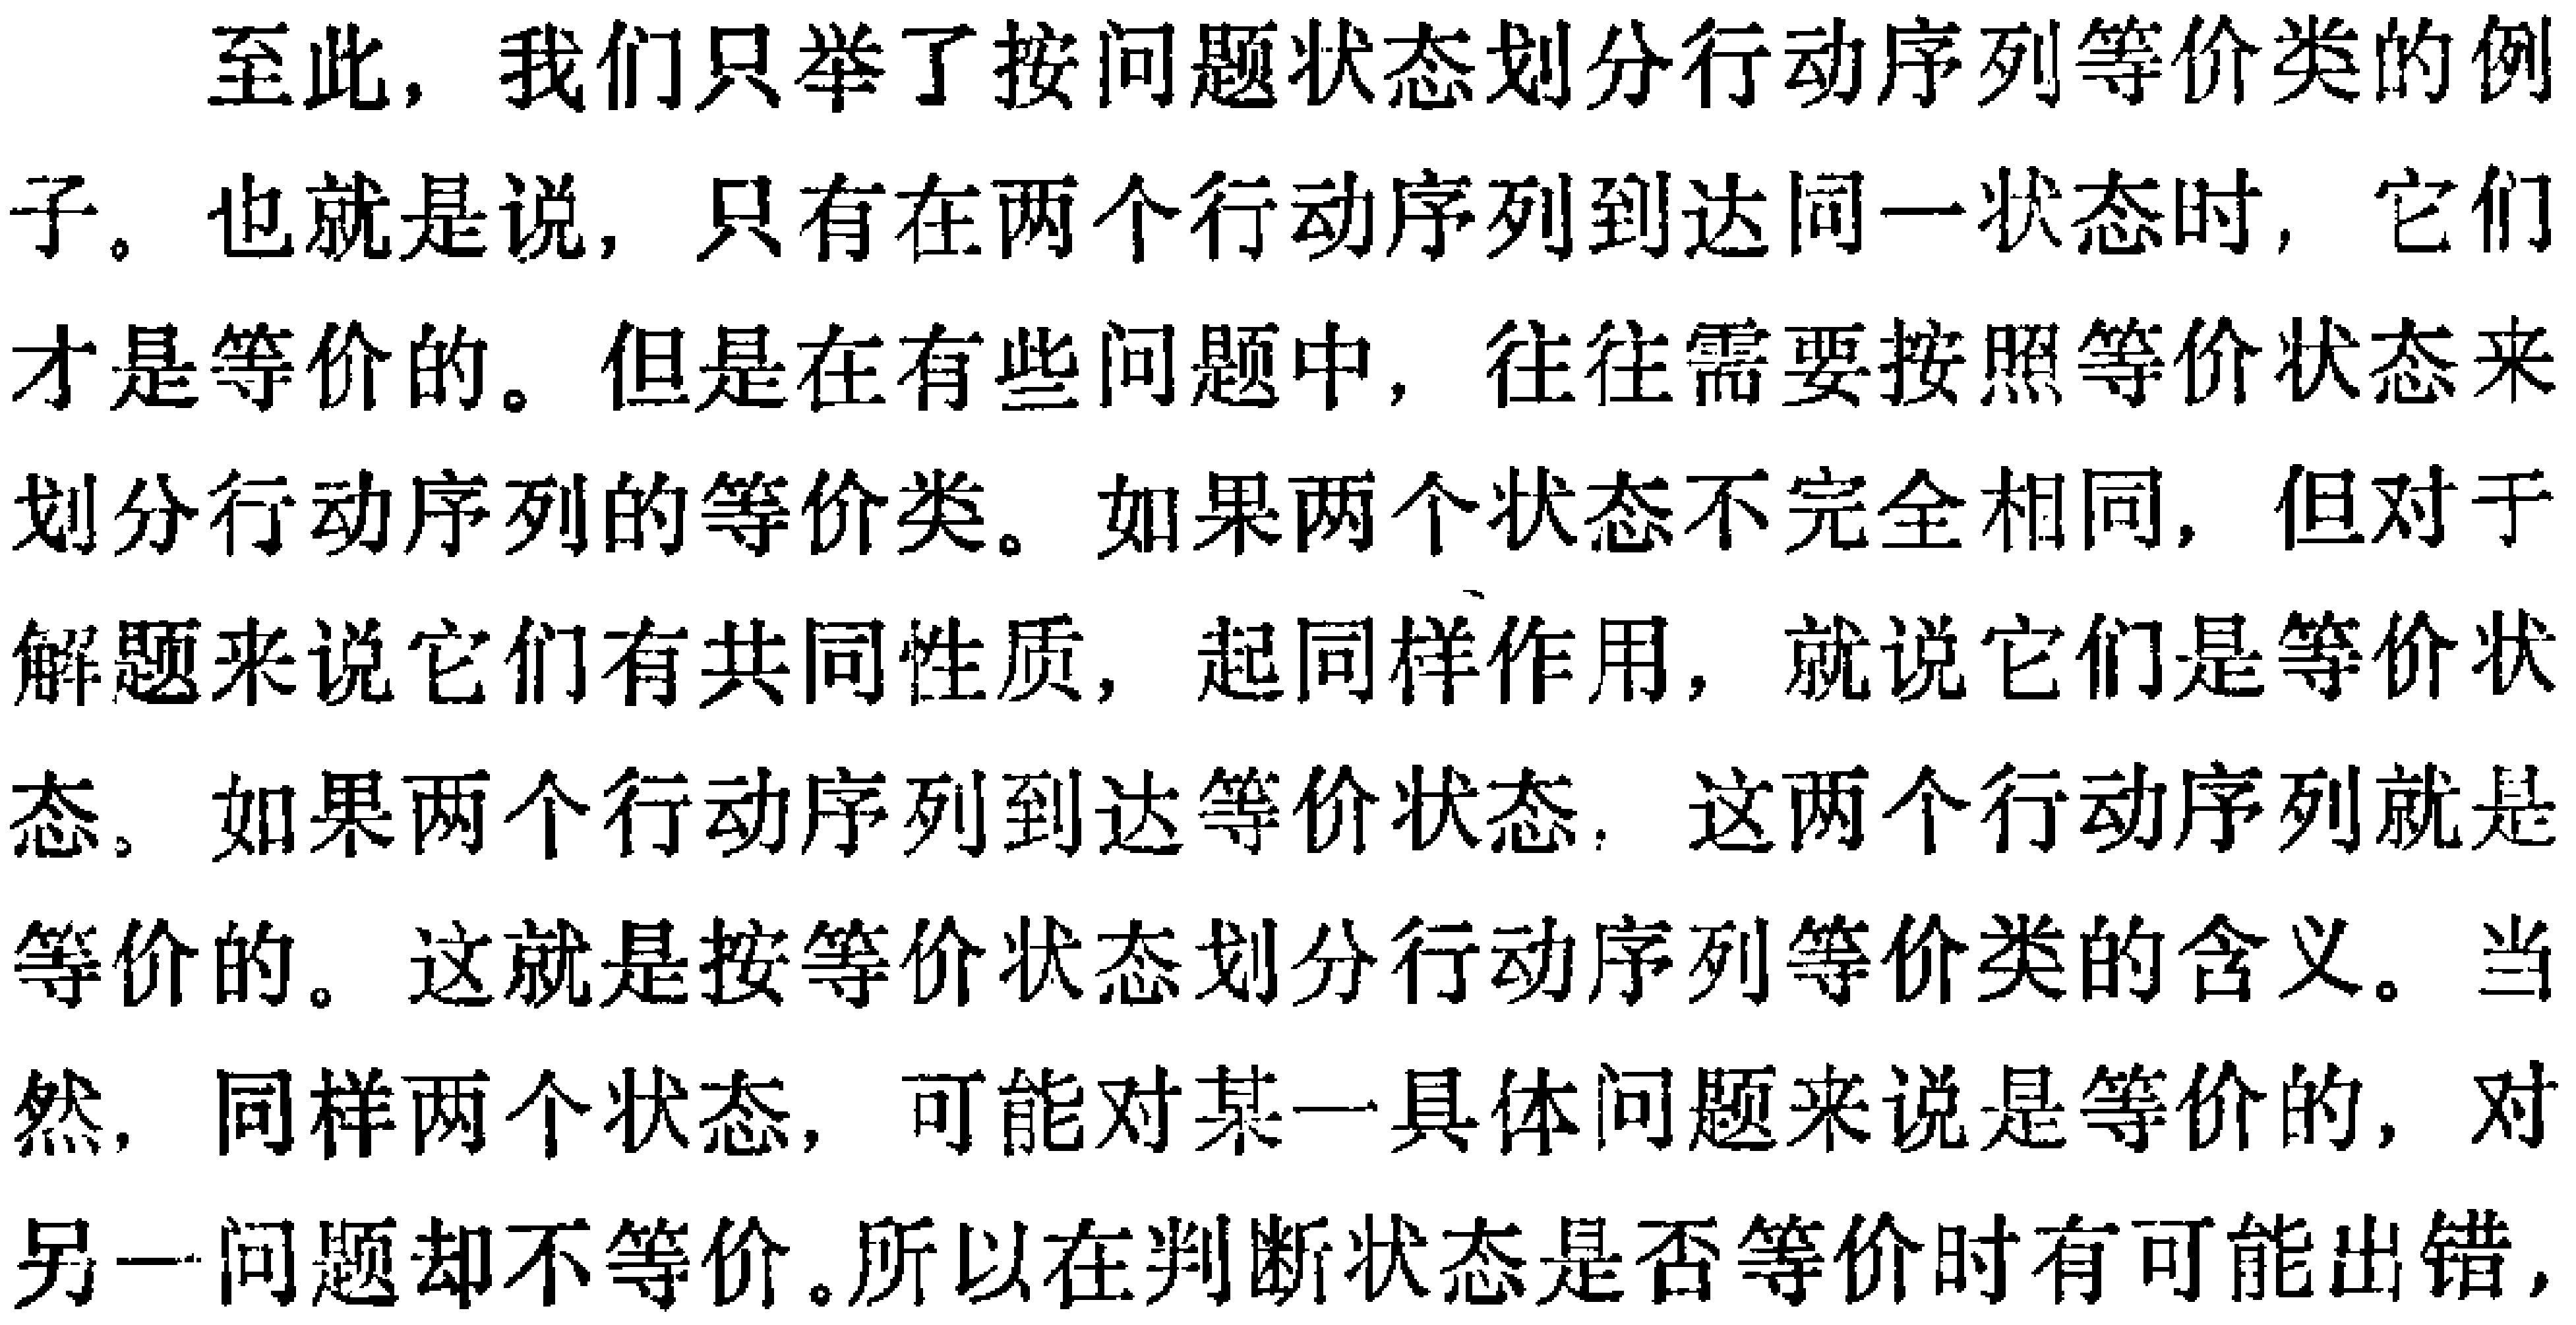
至此，我们只举了按问题状态划分行动序列等价类的例子。也就是说，只有在两个行动序列到达同一状态时，它们才是等价的。但是在有些问题中，往往需要按照等价状态来划分行动序列的等价类。如果两个状态不完全相同，但对于解题来说它们有共同性质，起同样作用，就说它们是等价状态。如果两个行动序列到达等价状态，这两个行动序列就是等价的。这就是按等价状态划分行动序列等价类的含义。当然，同样两个状态，可能对某一具体问题来说是等价的，对另一问题却不等价。所以在判断状态是否等价时有可能出错，